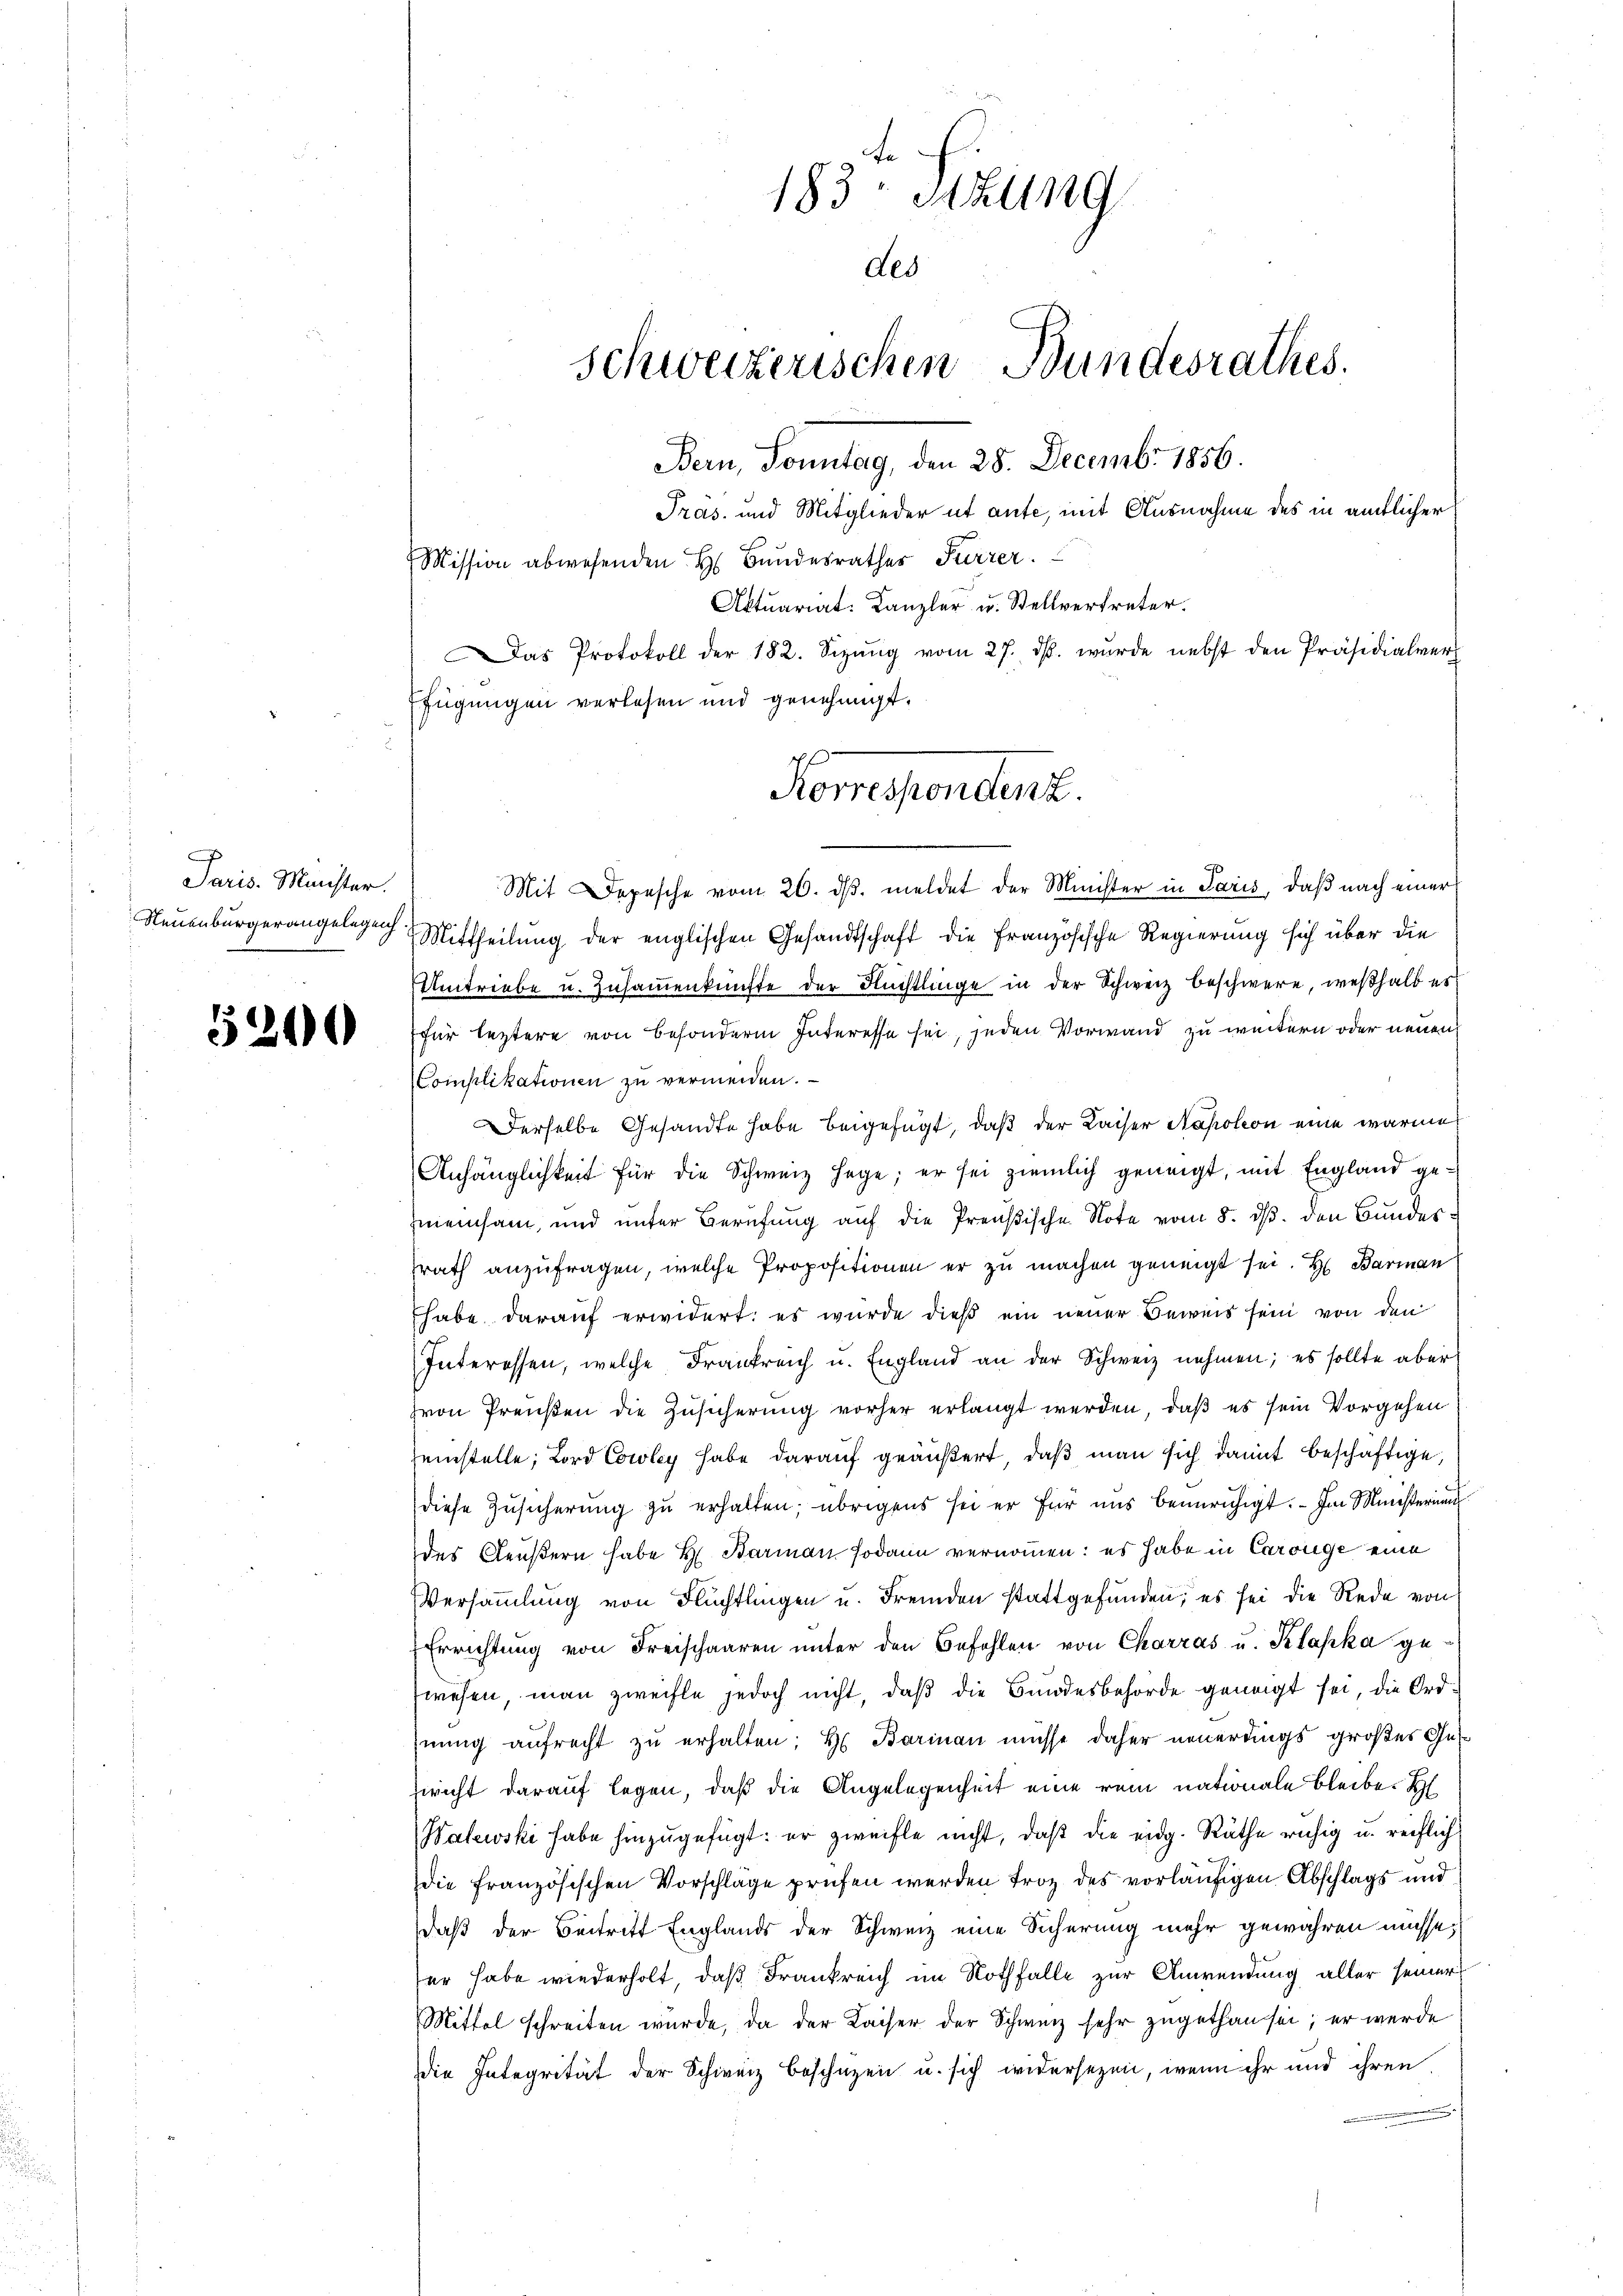
Paris. Minister.

5200

Mit Depesche vom 20. dβ. meldet der Minister in Paris, daß nach einer
Neuenburgerangelege Mittheilŭng der englischen Gesandtschaft die französische Regierung sich über die
Umtriebe u. Zusammenkünfte der Flüchtlinge in der Schweiz beschwere, weßhalb er
für leztere von besonderen Interesse sei, jeden Vorwand zu weitern oder neuen
Complikationen zu vermeiden.
Derselbe Gesandte habe beigefügt, daß der Kaiser Napoleon eine warme
Anhänglichkeit für die Schweiz hage; er sei ziemlich geneigt, mit England gemeinsam, und unter Berufung auf die Preußische Note vom 8. ds. den Bunder
srath anzufragen, welche Propositionen er zu machen geneigt sei. H. Barman
Ehabe darauf erwidert: es wurde dieß ein neuer Beweis sein von den
Interessen, welche Frankreich u. England an der Schweiz nehmen; es sollte aber
von Preußen die Zusicherung vorher erlangt werden, daß es sein Vorgehen
seistelle; Lord Cowley habe darauf geäußert, daß man sich damit beschäftige,
diese Zusicherung zu erhalten; übrigens sei er für uns beunruhigt. Im Ministerium
des Aeußern habe H. Barmann sodann vernommen: es habe in Carouge eine
Versammlung von Flüchtlingen u. Fremden stattgefunden; es sei die Rede von
Errichtung von Freischaaren unter den Befehlen von Charras u. Klaska ge-
swesen, man zweifle jedoch nicht, daß die Bundesbehörde geneigt sei, die Ordhnung aufrecht zu erhalten; H. Barinau müsse daher neuerdings großes Gesfricht darauf legen, daß die Angelegenheit eine rein nationale Bleibe. H
Walewski habe hinzugefügt: er zweifle nicht, daß die eidg. Räthe ruhig u. reiflich
die französischen Vorschläge prüfen werden Froz des vorläufigen Abschlags und
daß der Beitritt Englands der Schweiz eine Sicherung mehr gewähren müsse,
ser habe wiederholt, daß Frankreich im Nothfalle zur Anwendung aller seiner
Mittel schreiben würde, da der Kaiser der Schweiz sehr zugethan sei; er werde
die Integrität der Schweiz beschüzen u. sich widersezen, wenn ihr und ihren

183 Sitzung
des
Schweizerischen Bundesrathes.
Bern, Sonntag, den 28. Decembr. 1856.
Tras. und Mitglieder ut ante, mit Ausnahme des in amtlicher
Mission abwesenden H. Bundesrathes Furrer.
Aktuariat. Kanzler u. Stellvertreter.
as Protokoll der 182. Sizŭng vom 27. ds. wurde nebst den Präsidialver
fügungen verlesen und genehmigt.

Korrespondenz.